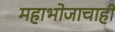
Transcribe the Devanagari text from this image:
महाभोजाचाही